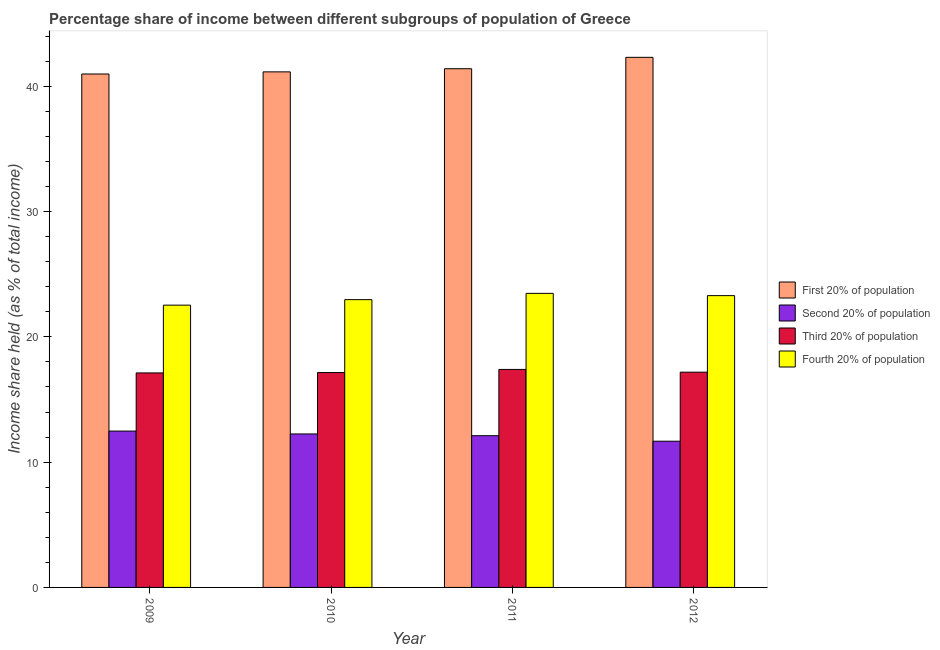
| Year | First 20% of population | Second 20% of population | Third 20% of population | Fourth 20% of population |
 | --- | --- | --- | --- | --- |
 | 2009 | 41 | 12.5 | 17.1 | 22.5 |
 | 2010 | 41.1 | 12.2 | 17.1 | 23 |
 | 2011 | 41.4 | 12.1 | 17.4 | 23.5 |
 | 2012 | 42.3 | 11.7 | 17.2 | 23.3 |